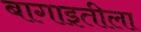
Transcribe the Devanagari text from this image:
बागाइतीला